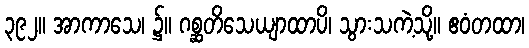
၃၉၂။ အာကာသေ၊ ၌။ ဂစ္ဆတိသေယျာထာပိ၊ သွားသကဲ့သို့။ ဧဝံတထာ၊